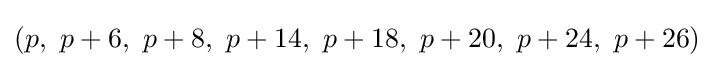
(p,\ p+6,\ p+8,\ p+14,\ p+18,\ p+20,\ p+24,\ p+26)